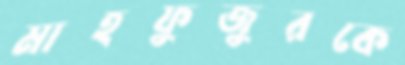
মাহফুজুরকে